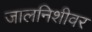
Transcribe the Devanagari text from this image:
जालनिशीवर